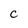
Character: C